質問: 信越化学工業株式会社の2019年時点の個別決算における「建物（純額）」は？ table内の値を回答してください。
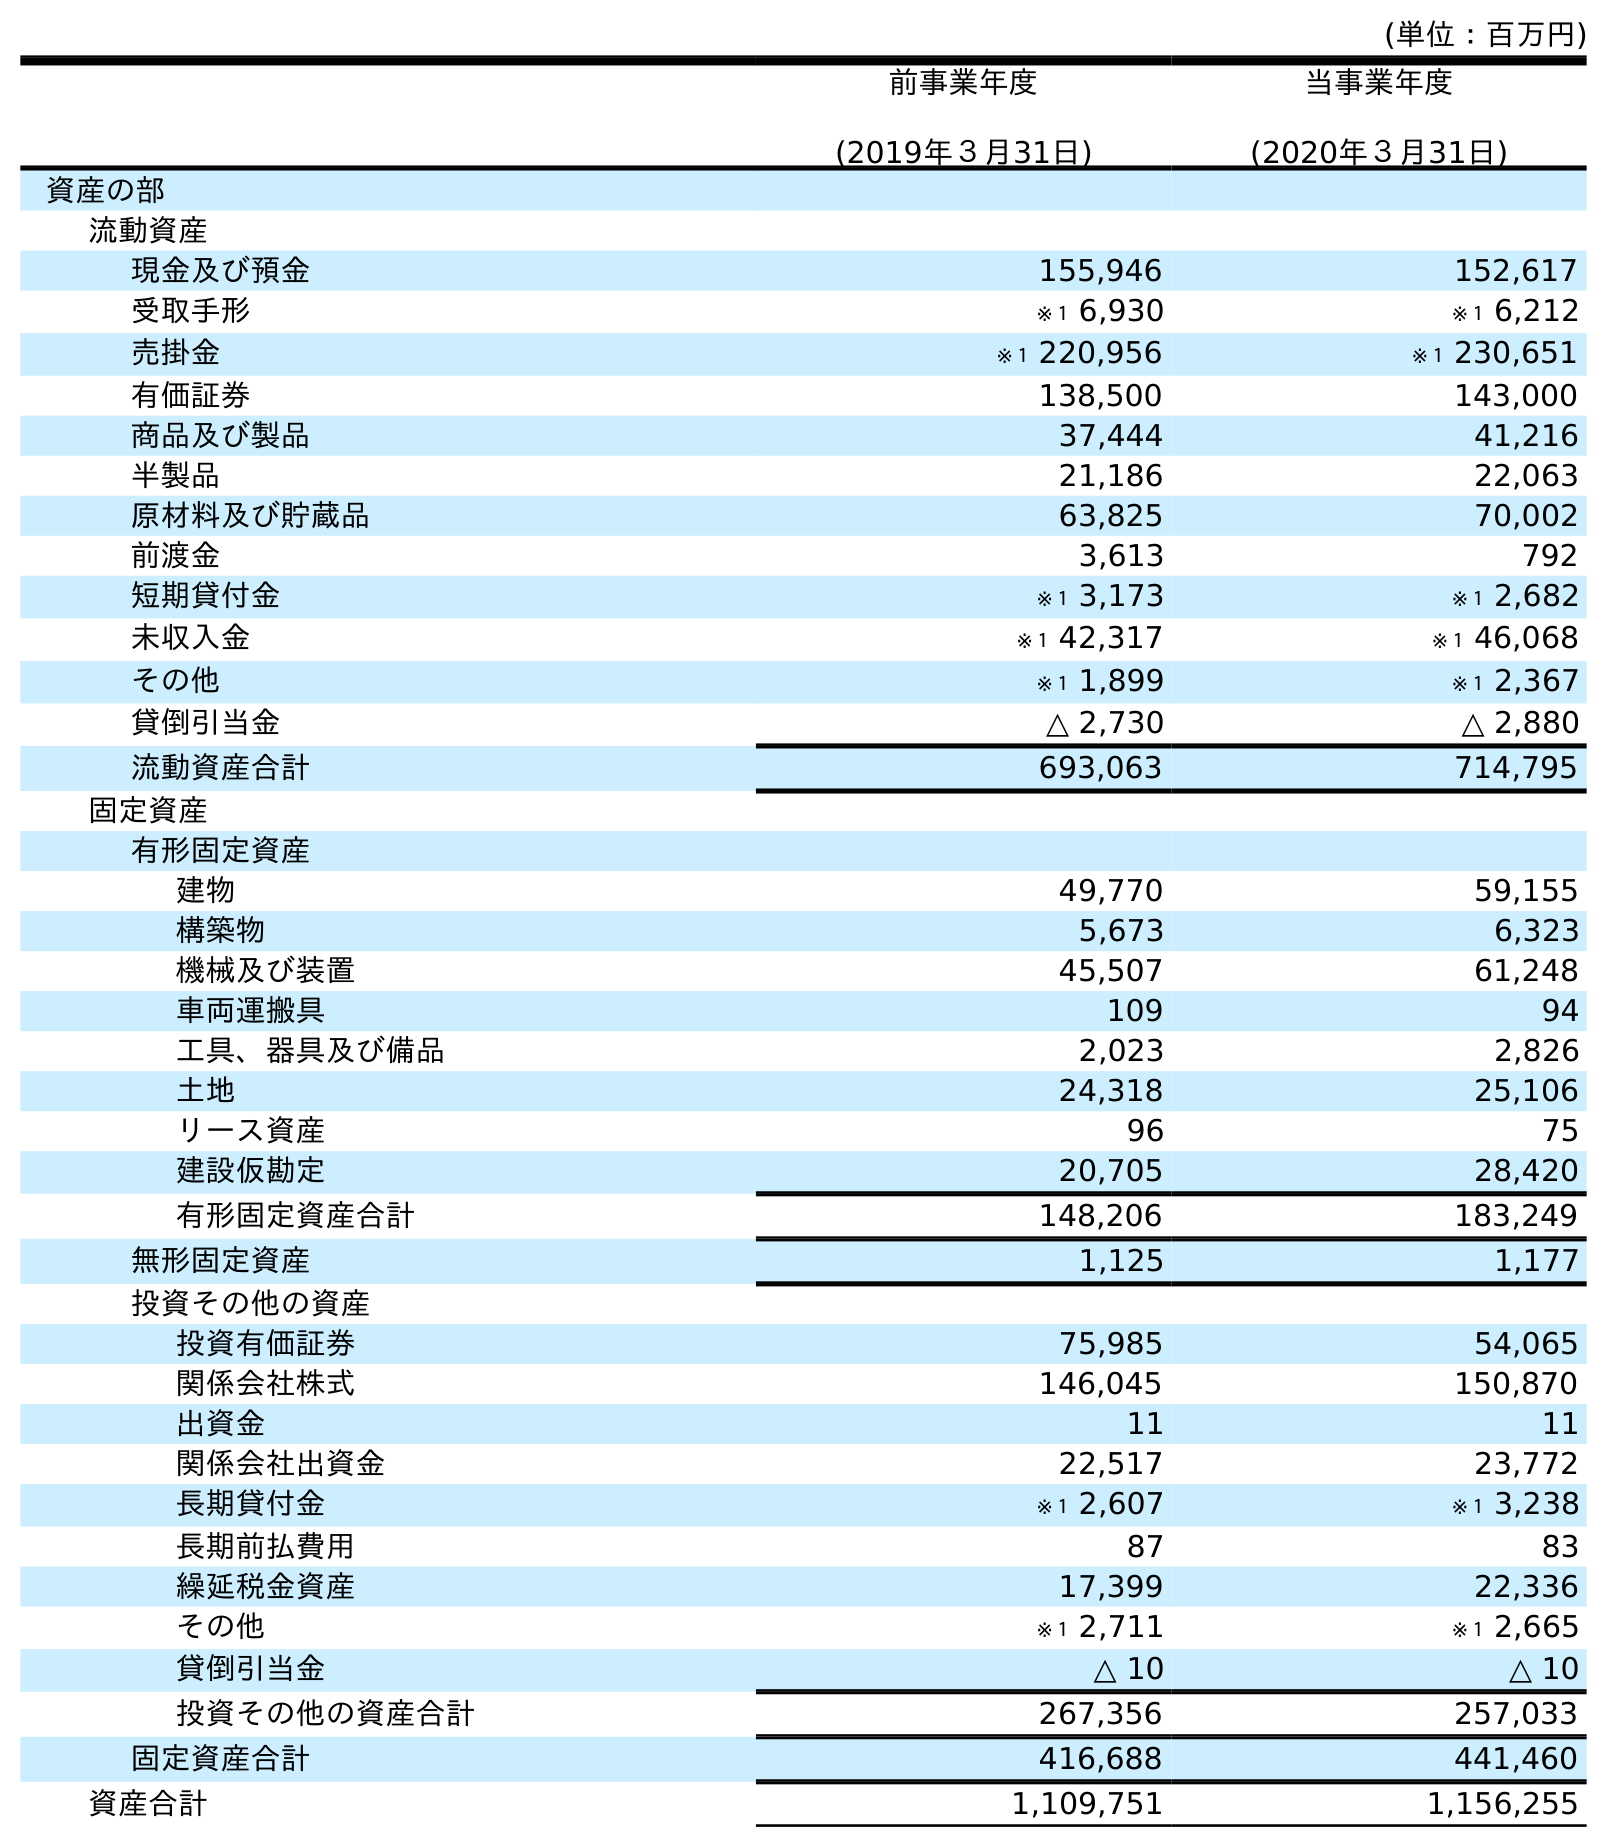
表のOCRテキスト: (単位：百万円) 前事業年度 (2019年３月31日) 当事業年度 (2020年３月31日) 資産の部 流動資産 現金及び預金 155,946 152,617 受取手形 ※１ 6,930 ※１ 6,212 売掛金 ※１ 220,956 ※１ 230,651 有価証券 138,500 143,000 商品及び製品 37,444 41,216 半製品 21,186 22,063 原材料及び貯蔵品 63,825 70,002 前渡金 3,613 792 短期貸付金 ※１ 3,173 ※１ 2,682 未収入金 ※１ 42,317 ※１ 46,068 その他 ※１ 1,899 ※１ 2,367 貸倒引当金 △ 2,730 △ 2,880 流動資産合計 693,063 714,795 固定資産 有形固定資産 建物 49,770 59,155 構築物 5,673 6,323 機械及び装置 45,507 61,248 車両運搬具 109 94 工具、器具及び備品 2,023 2,826 土地 24,318 25,106 リース資産 96 75 建設仮勘定 20,705 28,420 有形固定資産合計 148,206 183,249 無形固定資産 1,125 1,177 投資その他の資産 投資有価証券 75,985 54,065 関係会社株式 146,045 150,870 出資金 11 11 関係会社出資金 22,517 23,772 長期貸付金 ※１ 2,607 ※１ 3,238 長期前払費用 87 83 繰延税金資産 17,399 22,336 その他 ※１ 2,711 ※１ 2,665 貸倒引当金 △ 10 △ 10 投資その他の資産合計 267,356 257,033 固定資産合計 416,688 441,460 資産合計 1,109,751 1,156,255
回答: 49,770